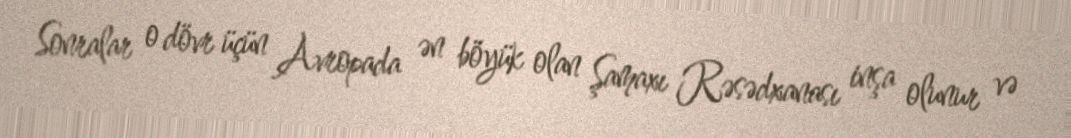
Sonralar o dövr üçün Avropada ən böyük olan Şamaxı Rəsədxanası inşa olunur və